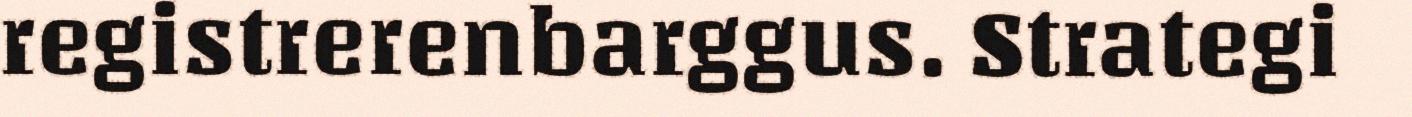
registrerenbarggus. Strategi